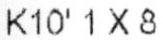
K10' 1 X 8